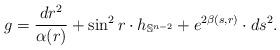
LaTeX: \begin{align*}g=\frac{dr^2}{\alpha(r)}+ \sin^2 r \cdot h_{\mathbb{S}^{n-2}}+e^{2\beta (s,r)} \cdot ds^2.\end{align*}